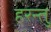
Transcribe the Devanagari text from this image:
हरन्तु